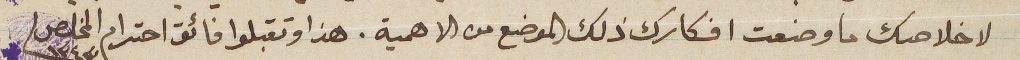
لاخلاصك ما وضعت افكارك ذلك الموضع من الاهمية هذا وتقبلوا فائق احترام المخلص